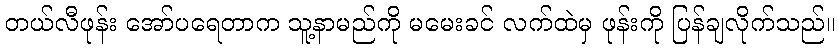
တယ်လီဖုန်း အော်ပရေတာက သူ့နာမည်ကို မမေးခင် လက်ထဲမှ ဖုန်းကို ပြန်ချလိုက်သည်။